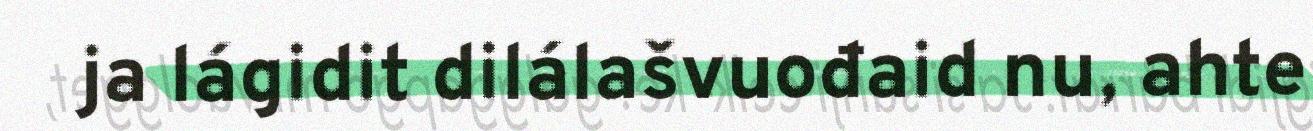
ja lágidit dilálašvuođaid nu, ahte